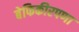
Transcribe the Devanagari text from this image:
बेफिकीरपणा